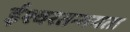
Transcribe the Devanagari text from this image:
ईश्वरतन्मयता